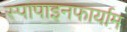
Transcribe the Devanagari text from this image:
स्पापाइनफार्याम